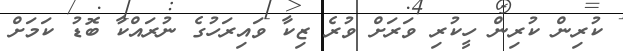
ކުރިން ކުރިން ހީކުރި ވަރަށް ވުރެ ޒިކާ ވައިރަހުގެ ނުރައްކާ ބޮޑު ކަމަށް